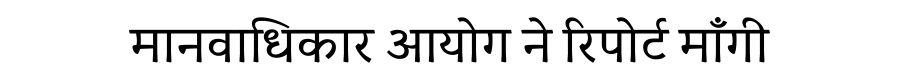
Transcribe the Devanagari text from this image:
मानवाधिकार आयोग ने रिपोर्ट माँगी